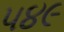
૫૪૯